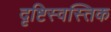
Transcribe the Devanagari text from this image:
दृष्टिस्वस्तिक